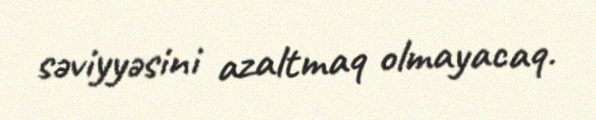
səviyyəsini azaltmaq olmayacaq.